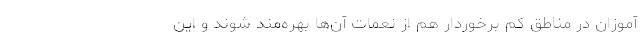
آموزان در مناطق کم برخوردار هم از نعمات آن‌ها بهره‌مند شوند و این